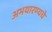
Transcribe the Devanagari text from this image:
अभयारण्यचे